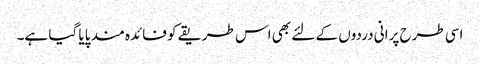
اسی طرح پرانی دردوں کے لئے بھی اس طریقے کو فائدہ مند پایا گیا ہے۔